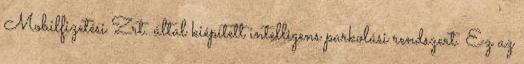
Mobilfizetési Zrt. által kiépített intelligens parkolási rendszert. Ez az